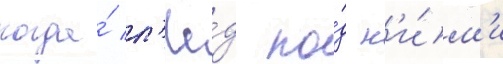
когда́ л'ё́д по́д н'и́м'и